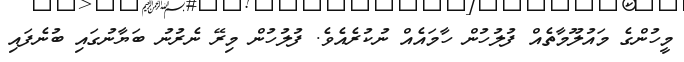
މީހުންގެ މައުލޫމާތެއް ފުލުހުން ހާމައެއް ނުކުރެއެވެ. ފުލުހުން މިރޭ ނެރުނު ބަޔާނުގައި ބުނެފައި